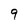
Character: 9